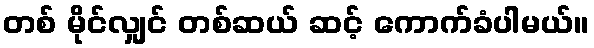
တစ် မိုင်လျှင် တစ်ဆယ် ဆင့် ကောက်ခံပါမယ်။